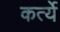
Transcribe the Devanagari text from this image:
कर्त्ये